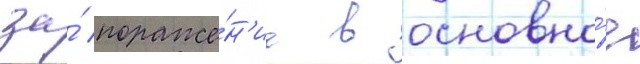
за́ пораже́н'ие в основно́е